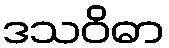
ဒသဝိဓာ